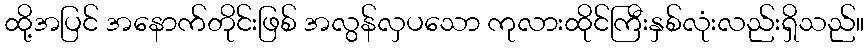
ထို့အပြင် အနောက်တိုင်းဖြစ် အလွန်လှပသော ကုလားထိုင်ကြီးနှစ်လုံးလည်းရှိသည်။